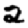
Digit: 2